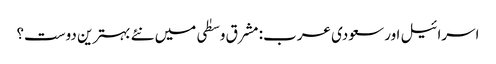
اسرائیل اور سعودی عرب: مشرق وسطٰی میں نئے بہترین دوست؟